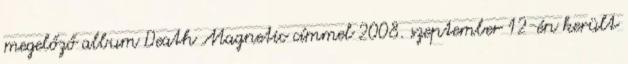
megelőző album Death Magnetic címmel 2008. szeptember 12-én került